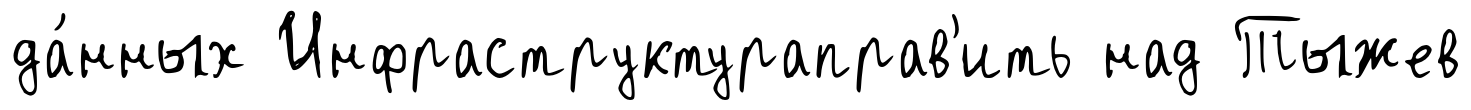
да́нных Инфраструктураправ'ить над Тыжев